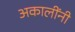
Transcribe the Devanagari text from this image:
अकालींनी